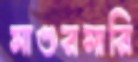
মাগুরমারি